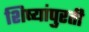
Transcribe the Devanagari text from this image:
शिष्यांपुरती